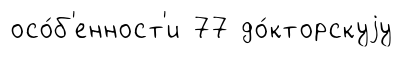
осо́б'енност'и 77 до́кторскуjу